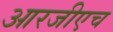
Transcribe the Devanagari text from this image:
आरजीएच